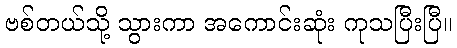
ဗစ်တယ်သို့ သွားကာ အကောင်းဆုံး ကုသပြီးပြီ။